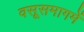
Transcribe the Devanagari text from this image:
वसूसमागमें